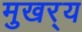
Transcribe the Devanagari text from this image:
मुखर्‍य